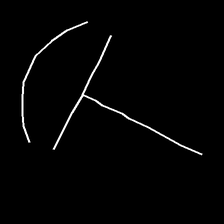
Glyph: dispersion